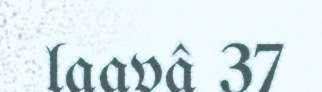
laavâ 37